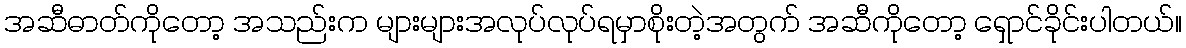
အဆီဓာတ်ကိုတော့ အသည်းက များများအလုပ်လုပ်ရမှာစိုးတဲ့အတွက် အဆီကိုတော့ ရှောင်ခိုင်းပါတယ်။